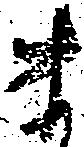
ま